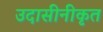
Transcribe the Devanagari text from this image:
उदासीनीकृत